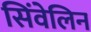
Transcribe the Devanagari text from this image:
सिंवेलिन